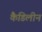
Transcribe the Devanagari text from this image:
कैडिलीन